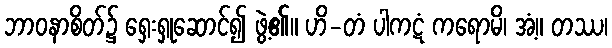
ဘာဝနာစိတ်၌ ရှေးရှုဆောင်၍ ဖွဲ့၏။ ဟိ-တံ ပါကဋံ ကရောမိ၊ အံ့။ တဿ၊